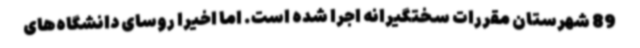
89 شهرستان مقررات سختگیرانه اجرا شده است. اما اخیرا روسای دانشگاه‌های